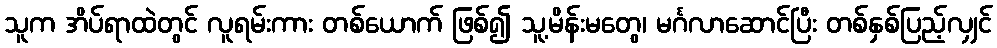
သူက အိပ်ရာထဲတွင် လူရမ်းကား တစ်ယောက် ဖြစ်၍ သူ့မိန်းမတွေ၊ မင်္ဂလာဆောင်ပြီး တစ်နှစ်ပြည့်လျှင်